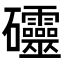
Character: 𥘃